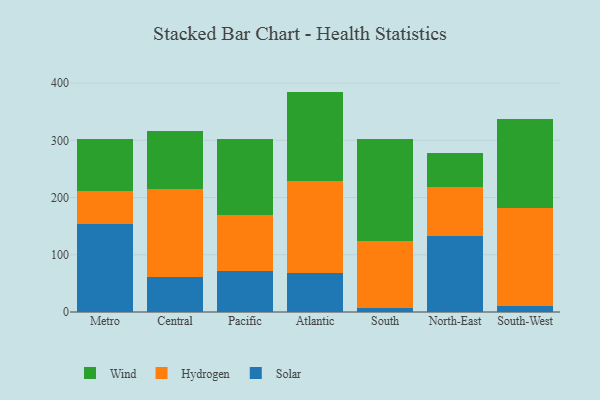
{"axis": {"x": "Region", "y": "Gross Profit (USD K)"}, "legend": ["Hydrogen", "Solar", "Wind"], "data": [{"x": "Metro", "y": 154.6, "type": "Solar"}, {"x": "Metro", "y": 56.8, "type": "Hydrogen"}, {"x": "Metro", "y": 90.7, "type": "Wind"}, {"x": "Central", "y": 61.2, "type": "Solar"}, {"x": "Central", "y": 153.1, "type": "Hydrogen"}, {"x": "Central", "y": 101.9, "type": "Wind"}, {"x": "Pacific", "y": 71.9, "type": "Solar"}, {"x": "Pacific", "y": 98.0, "type": "Hydrogen"}, {"x": "Pacific", "y": 131.7, "type": "Wind"}, {"x": "Atlantic", "y": 67.4, "type": "Solar"}, {"x": "Atlantic", "y": 161.6, "type": "Hydrogen"}, {"x": "Atlantic", "y": 156.1, "type": "Wind"}, {"x": "South", "y": 6.7, "type": "Solar"}, {"x": "South", "y": 116.8, "type": "Hydrogen"}, {"x": "South", "y": 178.8, "type": "Wind"}, {"x": "North-East", "y": 132.5, "type": "Solar"}, {"x": "North-East", "y": 85.2, "type": "Hydrogen"}, {"x": "North-East", "y": 60.5, "type": "Wind"}, {"x": "South-West", "y": 10.1, "type": "Solar"}, {"x": "South-West", "y": 172.3, "type": "Hydrogen"}, {"x": "South-West", "y": 154.9, "type": "Wind"}]}